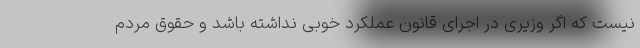
نیست که اگر وزیری در اجرای قانون عملکرد خوبی نداشته باشد و حقوق مردم